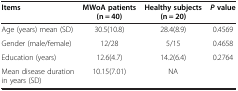
<table><thead><tr><td><b>Items</b></td><td><b>MWoA patients (n = 40)</b></td><td><b>Healthy subjects (n = 20)</b></td><td><b><i>P</i>value</b></td></tr></thead><tbody><tr><td>Age (years) mean (SD)</td><td>30.5(10.8)</td><td>28.4(8.9)</td><td>0.4569</td></tr><tr><td>Gender (male/female)</td><td>12/28</td><td>5/15</td><td>0.4658</td></tr><tr><td>Education (years)</td><td>12.6(4.7)</td><td>14.2(6.4)</td><td>0.2764</td></tr><tr><td>Mean disease duration in years (SD)</td><td>10.15(7.01)</td><td>NA</td><td> </td></tr></tbody></table>